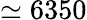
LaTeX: \simeq 6350